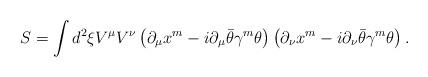
LaTeX: \begin{align*}S=\int d^2\xi V^\mu V^\nu\left(\partial_\mu x^m-i\partial_\mu\bar\theta\gamma^m\theta\right)\left(\partial_\nu x^m-i\partial_\nu\bar\theta\gamma^m\theta\right).\end{align*}